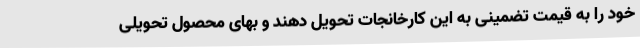
خود را به قیمت تضمینی به این کارخانجات تحویل دهند و بهای محصول تحویلی